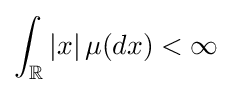
\int _{\mathbb {R} }{|x|\,\mu (dx)}<\infty